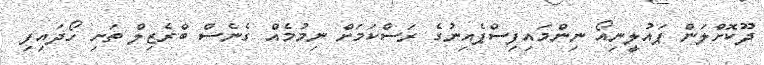
ދޫކޮށްލަން ޕައުލީނިއޯ ނިންމައިފިސްޕެއިނުގެ ރަސްކަމަށް ނިމުމެއް ގެނެސް ބްރެޒިލް ތަށި ހޯދައިފި